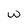
Character: w